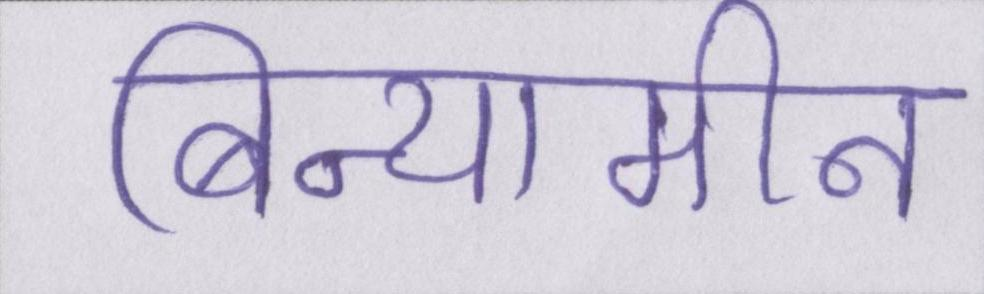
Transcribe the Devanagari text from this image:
बिन्यामीन